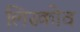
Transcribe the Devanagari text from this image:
लिस्कोव